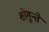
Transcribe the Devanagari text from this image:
शोगुन्ते